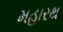
મહારથ